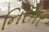
નિરઁતર